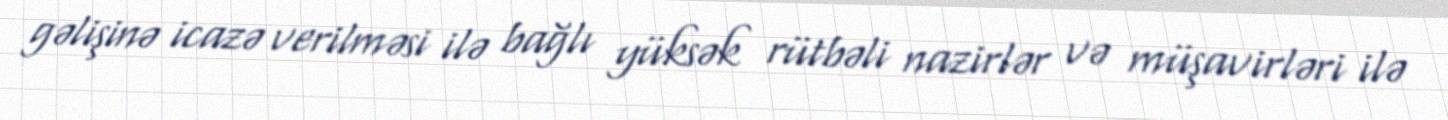
gəlişinə icazə verilməsi ilə bağlı yüksək rütbəli nazirlər və müşavirləri ilə